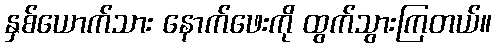
နှစ်ယောက်သား နောက်ဖေးကို ထွက်သွားကြတယ်။